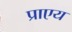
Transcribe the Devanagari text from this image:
प्राएय